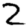
Digit: 2